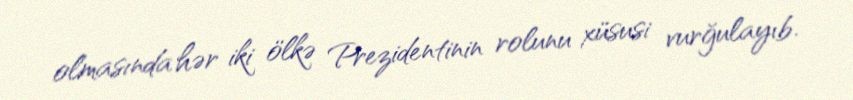
olmasında hər iki ölkə Prezidentinin rolunu xüsusi vurğulayıb.